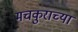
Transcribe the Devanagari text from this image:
मचकुराच्या